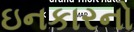
ઇનકારનો